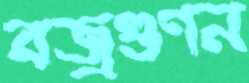
বজ্রগুণন